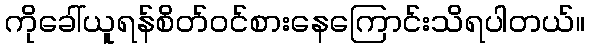
ကိုခေါ်ယူရန်စိတ်ဝင်စားနေကြောင်းသိရပါတယ်။